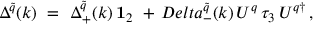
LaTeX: \Delta ^ { \tilde { q } } ( k ) \ = \ \Delta _ { + } ^ { \tilde { q } } ( k ) \, { \bf 1 } _ { 2 } \ + \, D e l t a _ { - } ^ { \tilde { q } } ( k ) \, U ^ { q } \, \tau _ { 3 } \, U ^ { q \dagger } \, ,